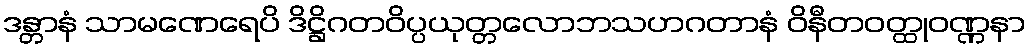
ဒန္တာနံ သာမဏေရေပိ ဒိဋ္ဌိဂတဝိပ္ပယုတ္တလောဘသဟဂတာနံ ဝိနီတဝတ္ထုဝဏ္ဏနာ